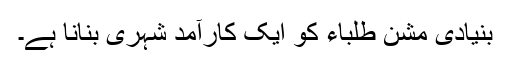
بنیادی مشن طلباء کو ایک کارآمد شہری بنانا ہے۔